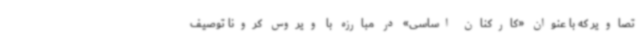
تصاویر که با عنوان «کارکنان اساسی» در مبارزه با ویروس کرونا توصیف